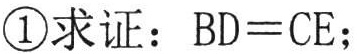
\textcircled{1}求证：$BD = CE$；